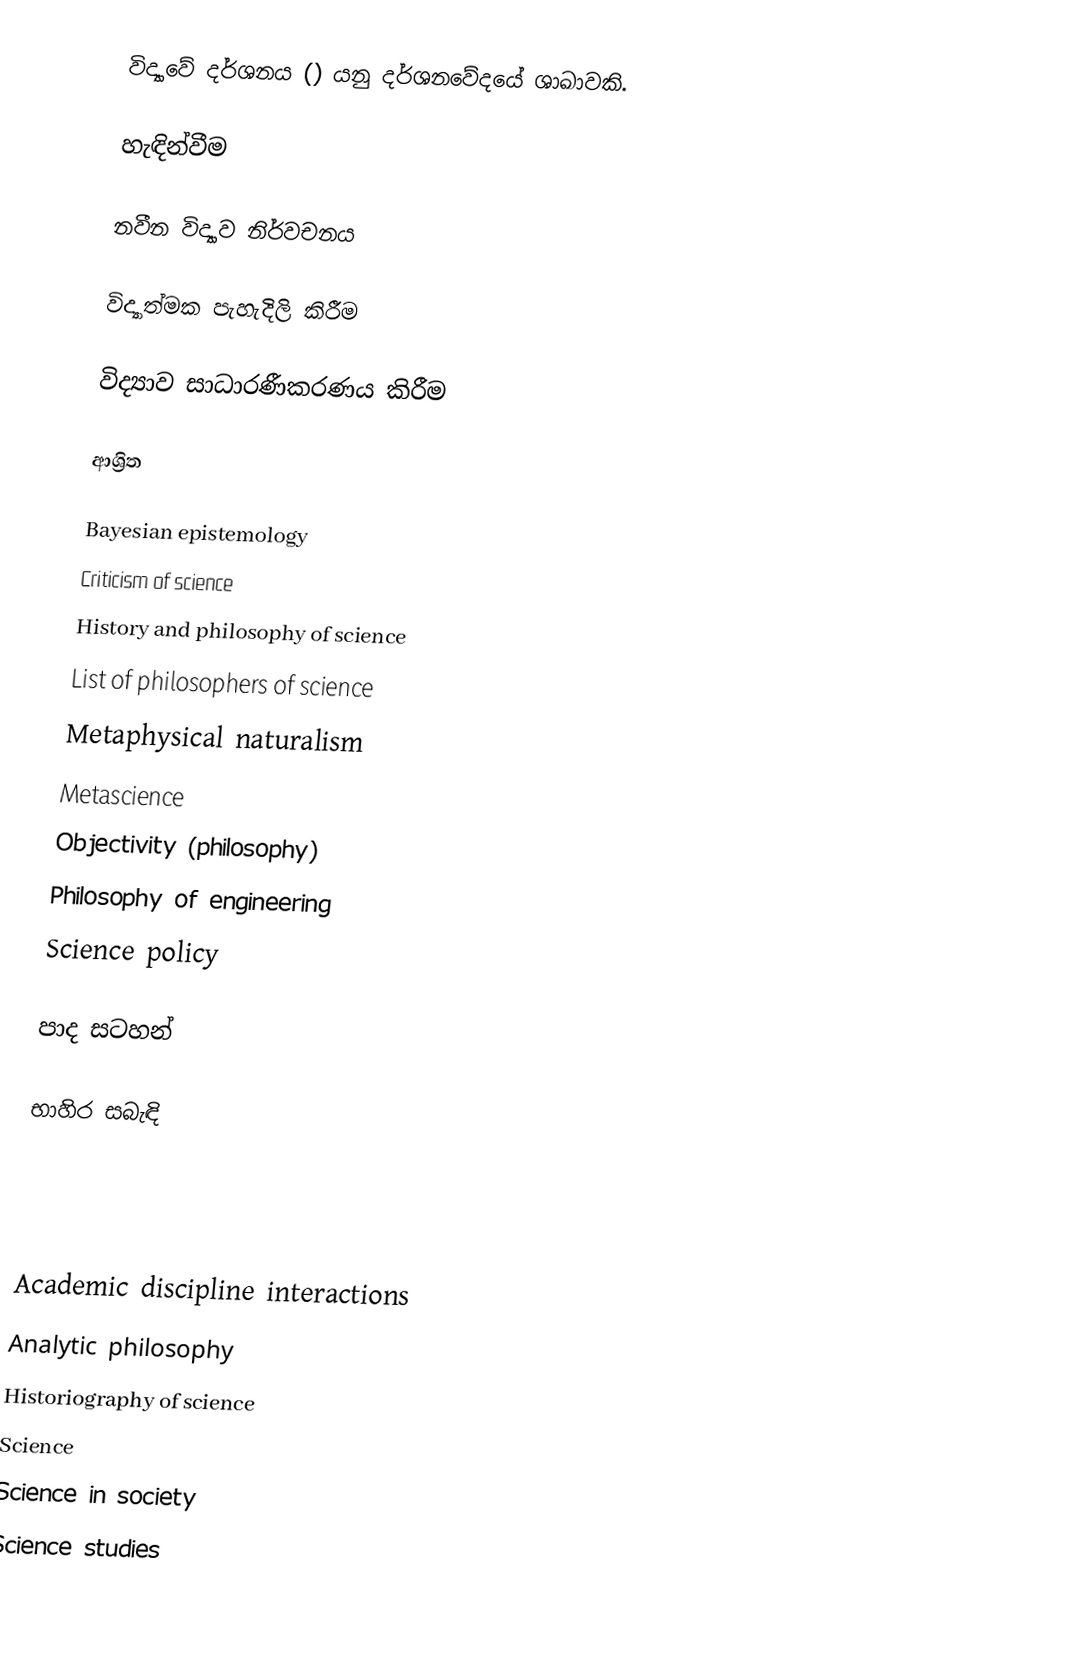
විද්‍යාවේ දර්ශනය () යනු දර්ශනවේදයේ ශාඛාවකි.

හැඳින්වීම

නවීන විද්‍යාව නිර්වචනය

විද්‍යාත්මක පැහැදිලි කිරීම

විද්‍යාව සාධාරණීකරණය කිරීම

ආශ්‍රිත

 Bayesian epistemology
 Criticism of science
 History and philosophy of science
 List of philosophers of science
 Metaphysical naturalism
 Metascience
 Objectivity (philosophy)
 Philosophy of engineering
 Science policy

පාද සටහන්

භාහිර සබැඳි

Academic discipline interactions
Analytic philosophy
Historiography of science
Science
Science in society
Science studies